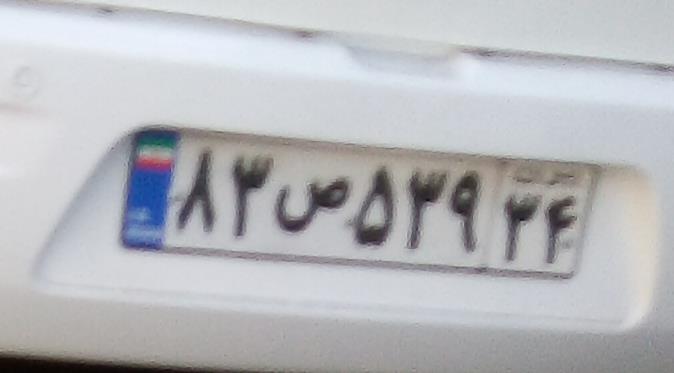
۸۳ص۵۳۹۳۴